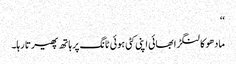
‘‘
مادھو کا لنگڑا بھائی اپنی کٹی ہوئی ٹانگ پر ہاتھ پھیرتا رہا۔